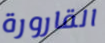
القارورة